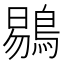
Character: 鶍